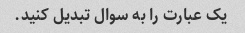
یک عبارت را به سوال تبدیل کنید.